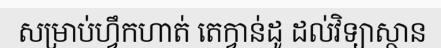
សម្រាប់ហ្វឹកហាត់ តេក្វាន់ដូ ដល់វិទ្យាស្ថាន